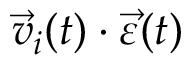
\Vec { v } _ { i } ( t ) \cdot \Vec { \varepsilon } ( t )